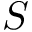
S